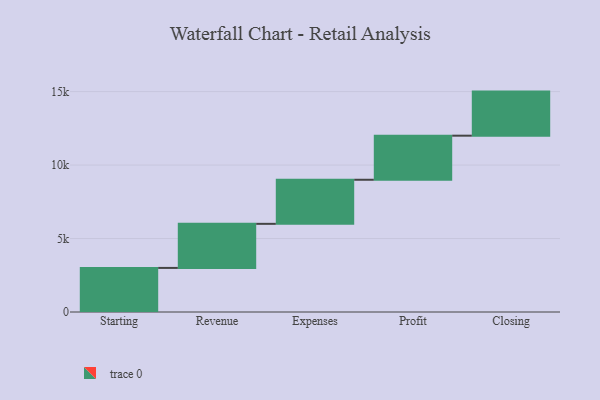
{"axis": {"x": "Step", "y": "Value"}, "legend": [""], "data": [{"x": "Starting", "y": 3000, "type": ""}, {"x": "Revenue", "y": 3000, "type": ""}, {"x": "Expenses", "y": 3000, "type": ""}, {"x": "Profit", "y": 3000, "type": ""}, {"x": "Closing", "y": 3000, "type": ""}]}